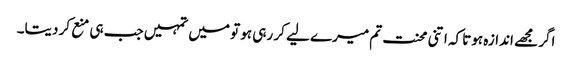
اگر مجھے اندازہ ہوتا کہ اتنی محنت تم میرے لیے کر رہی ہو تو میں تمہیں جب ہی منع کر دیتا۔